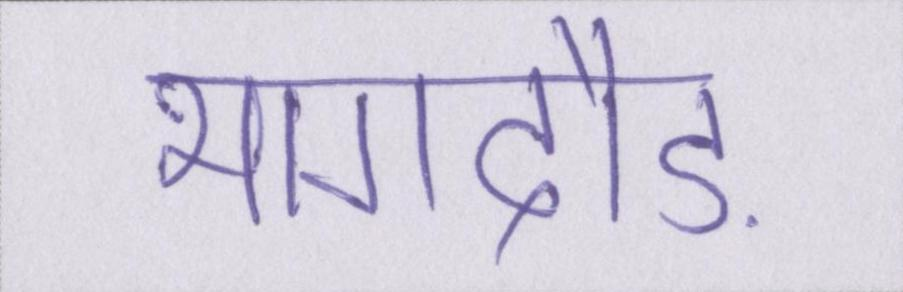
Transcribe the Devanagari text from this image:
भागदौड़